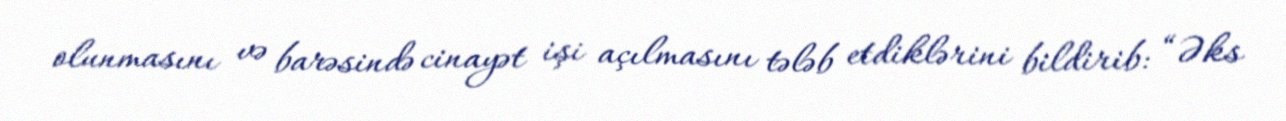
olunmasını və barəsində cinayət işi açılmasını tələb etdiklərini bildirib: “Əks